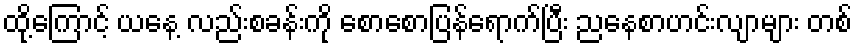
ထို့ကြောင့် ယနေ့ လည်းစခန်းကို စောစောပြန်ရောက်ပြီး ညနေစာဟင်းလျာများ တစ်